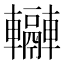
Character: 𨏬